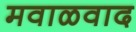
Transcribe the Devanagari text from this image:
मवाळवाद